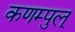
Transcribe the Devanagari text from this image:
कणम्पुल्